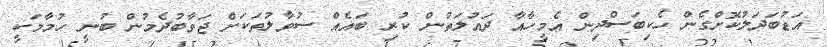
އަޑުބަދަލުކޮށްގެން ހެކިބަސްދިން އެމީހާއާ ދައުލަތުން ކުރި ބައެއް ސުވާލުތަކަށް ޖަވާބުދެމުން ބުނީ ހުމާމަކީ